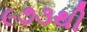
૯૭૩થી